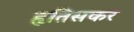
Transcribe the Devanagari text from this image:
हृतिसकर